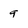
Character: 9